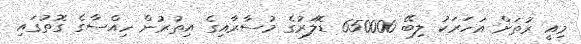
މިއީ ރުތަށް އަހަރަކު ލިބޭ 650000 ޑޮލަރުގެ މުސާރާއިގެ އިތުރުން ހިއްސާގެ ގޮތުގައި